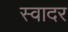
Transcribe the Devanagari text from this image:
स्वादर